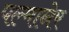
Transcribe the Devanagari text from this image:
पल्मानेर